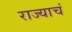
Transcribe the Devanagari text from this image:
राज्याचं